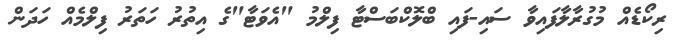
ރިކޯޑެއް މުގުރާލާފައިވާ ސައި-ފައި ބްލޮކްބަސްޓާ ފިލްމު "އެވަޓާ"ގެ އިތުރު ހަތަރު ފިލްމެއް ހަދަން